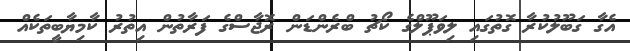
އެގާ ގަބޫލުކުރާ ގޮތުގައި ލިވަޕޫލްގެ ކޯޗު ބްރެންޑަން ރޮޖާސްގެ ފަރާތުން އިތުރު ކާމިޔާބީތަކެއް